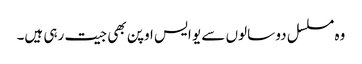
وہ مسلسل دو سالوں سے یو ایس اوپن بھی جیت رہی ہیں۔